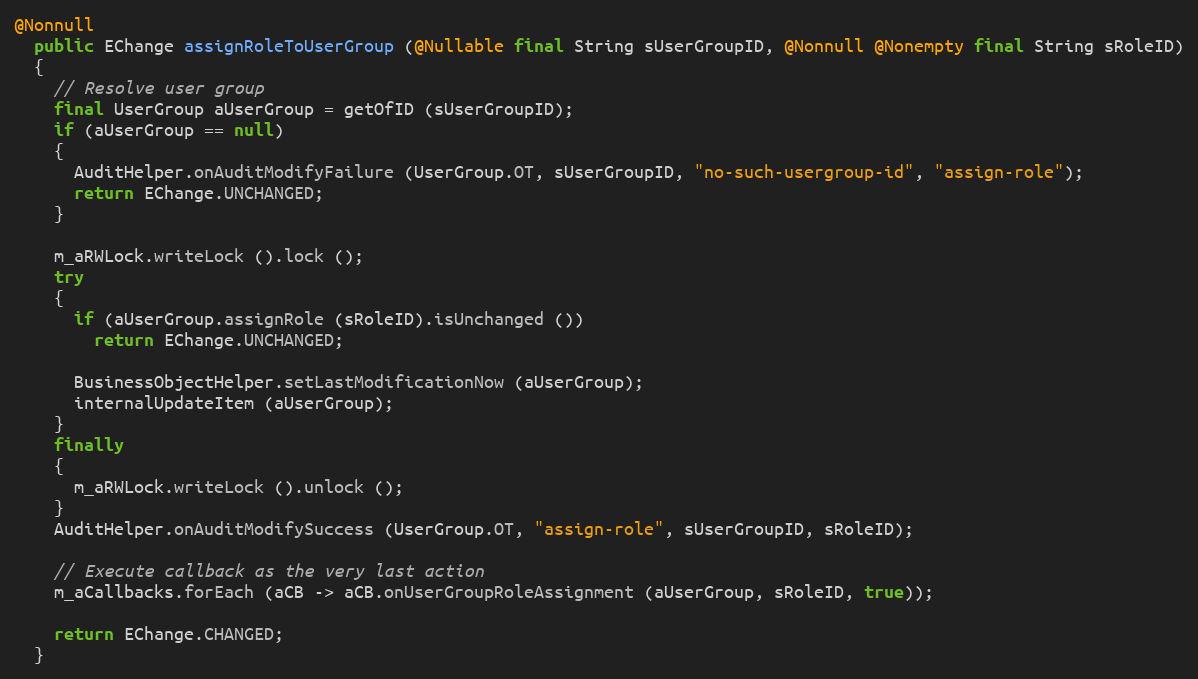
Language: Java
@Nonnull
  public EChange assignRoleToUserGroup (@Nullable final String sUserGroupID, @Nonnull @Nonempty final String sRoleID)
  {
    // Resolve user group
    final UserGroup aUserGroup = getOfID (sUserGroupID);
    if (aUserGroup == null)
    {
      AuditHelper.onAuditModifyFailure (UserGroup.OT, sUserGroupID, "no-such-usergroup-id", "assign-role");
      return EChange.UNCHANGED;
    }

    m_aRWLock.writeLock ().lock ();
    try
    {
      if (aUserGroup.assignRole (sRoleID).isUnchanged ())
        return EChange.UNCHANGED;

      BusinessObjectHelper.setLastModificationNow (aUserGroup);
      internalUpdateItem (aUserGroup);
    }
    finally
    {
      m_aRWLock.writeLock ().unlock ();
    }
    AuditHelper.onAuditModifySuccess (UserGroup.OT, "assign-role", sUserGroupID, sRoleID);

    // Execute callback as the very last action
    m_aCallbacks.forEach (aCB -> aCB.onUserGroupRoleAssignment (aUserGroup, sRoleID, true));

    return EChange.CHANGED;
  }